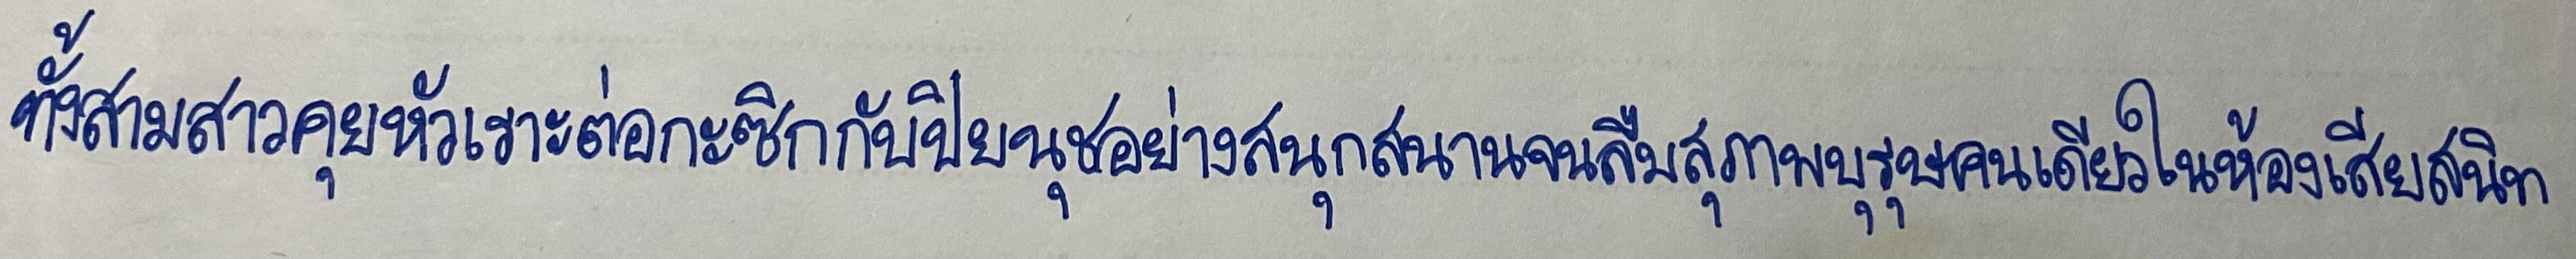
ทั้งสามสาวคุยหัวเราะต่อกะซิกกับปิยนุชอย่างสนุกสนานจนลืมสุภาพบุรุษคนเดียวในห้องเสียสนิท